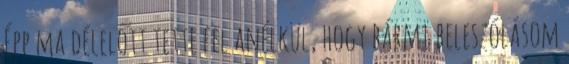
Épp ma délelőtt tette fel anélkül, hogy bármi beleszólásom